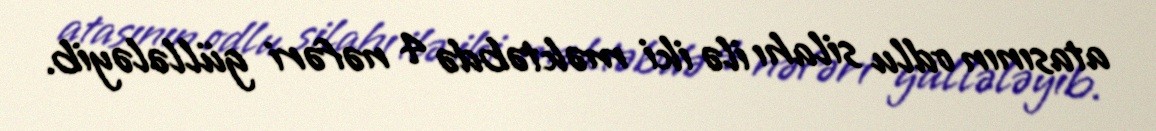
atasının odlu silahı ilə iki məktəbdə 4 nəfəri güllələyib.